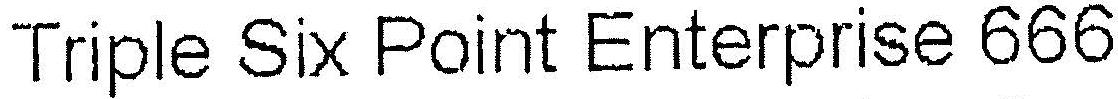
TRIPLE SIX POINT ENTERPRISE 666